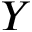
\boldsymbol { Y }